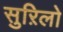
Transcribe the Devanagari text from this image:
सुऱिलो